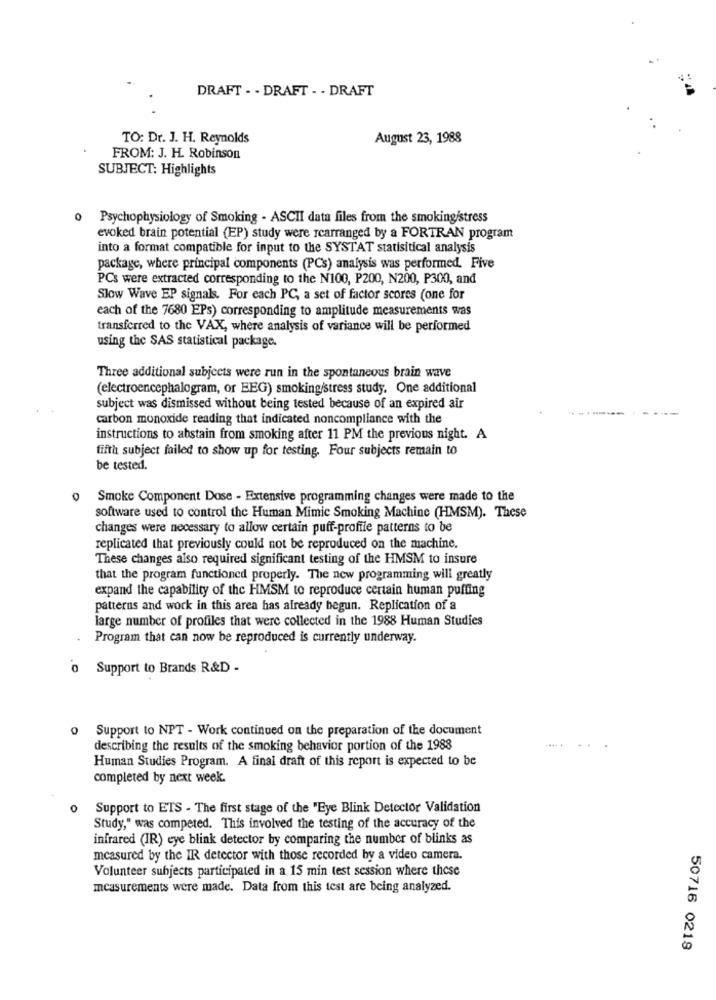
DRAFT - - DRAFT - - DRAFT
TO: Dr. J. H. Reynolds
August 23, 1988
FROM: J. H. Robinson
SUBJECT: Highlights
0 Psychophysiology of Smoking - ASCII data files from the smoking/stress
evoked brain potential (EP) study were rcarranged by a FORTRAN program
into a format compatible for input to the SYSTAT statisitical analysis
package, where principal components (PCs) analysis was performed. Five
PCs were extracted corresponding to the N100, P200, N200, P300, and
Slow Wave EP signals. For each PC, a set of factor scores (one for
each of the 7680 EPs) corresponding to amplitude measurements was
transferred to the VAX, where analysis of variance will be performed
using the SAS statistical package.
Three additional subjects were run in the spontaneous brain wave
(electroencephalogram, or EEG) smoking/stress study. One additional
subject was dismissed without being tested because of an expired air
------- -----
carbon monoxide reading that indicated noncompliance with the
instructions to abstain from smoking after 11 PM the previous night. A
fifth subject failed to show up for testing. Four subjects remain to
be tested.
Smoke Component Dose - Extensive programming changes were made to the
software used to control the Human Mimic Smoking Machine (HMSM). These
changes were necessary to allow certain puff-profile patterns to be
replicated that previously could not be reproduced on the machine.
These changes also required significant testing of the HMSM to insure
that the program functioned properly. The new programming will greatly
expand the capability of the HMSM to reproduce certain human puffing
patterns and work in this area has already begun. Replication of a
large number of profiles that were collected in the 1988 Human Studies
Program that can now be reproduced is currently underway.
o Support to Brands R&D -
Support to NPT - Work continued on the preparation of the document
describing the results of the smoking behavior portion of the 1988
Human Studies Program. A final draft of this report is expected to be
completed by next week.
Support to ETS - The first stage of the "Eye Blink Detector Validation
Study," was competed. This involved the testing of the accuracy of the
infrared (IR) eye blink detector by comparing the number of blinks as
measured by the IR detector with those recorded by a video camera.
Volunteer subjects participated in a 15 min test session where these
measurements were made. Data from this test are being analyzed.
50716 0219